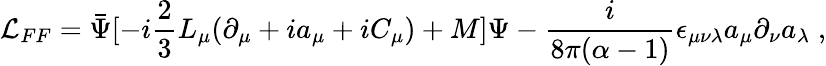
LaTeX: {\cal L}_{FF}=\bar{\Psi}[-i\frac{2}{3}L_{\mu}(\partial_{\mu}+ia_{\mu}+iC_{\mu})+M]\Psi-\frac{i}{8\pi(\alpha-1)}\epsilon_{\mu\nu\lambda}a_{\mu}\partial_{\nu}a_{\lambda}\; ,